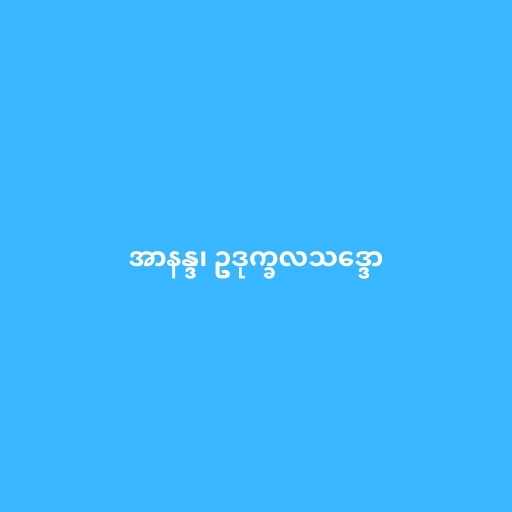
အာနန္ဒ၊ ဥဒုက္ခလသဒ္ဒော